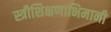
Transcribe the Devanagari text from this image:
स्त्रीशिक्षणाभिमानी